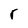
Character: r